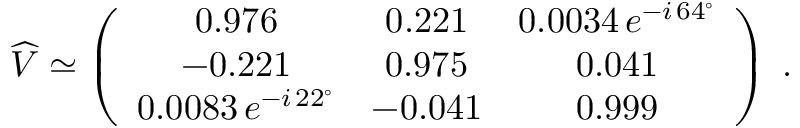
\widehat { V } \simeq \left( \begin{array} { c c c } { { 0 . 9 7 6 } } & { { 0 . 2 2 1 } } & { { 0 . 0 0 3 4 \, e ^ { - i \, 6 4 ^ { \circ } } } } \\ { { - 0 . 2 2 1 } } & { { 0 . 9 7 5 } } & { { 0 . 0 4 1 } } \\ { { 0 . 0 0 8 3 \, e ^ { - i \, 2 2 ^ { \circ } } } } & { { - 0 . 0 4 1 } } & { { 0 . 9 9 9 } } \end{array} \right) \; .